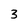
Character: 3